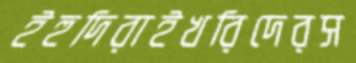
ইহুদিরাইখরিদেরস